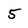
Character: 5